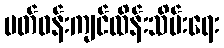
ပတ်ဝန်းကျင်ထိန်းသိမ်းရေး